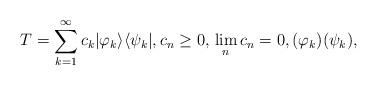
LaTeX: \begin{align*}T=\sum_{k=1}^\infty c_k |\varphi_k\rangle\langle \psi_k|, c_n\geq 0, \, \lim_n c_n = 0,(\varphi_k) (\psi_k) ,\end{align*}